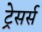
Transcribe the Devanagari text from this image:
ट्रेसर्स